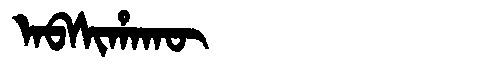
Manchu: ᠠᠪᠰᡳᡥᠠᡴᡡ
Romanization: ABSIHAKŪ